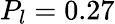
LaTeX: P_{l}=0.27